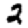
Digit: 2